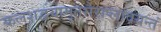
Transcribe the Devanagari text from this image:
कलशद्वयामृतसैराप्लावयन्तं